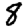
Digit: 8